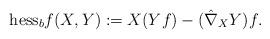
LaTeX: \begin{align*} \mathrm{hess}_bf(X,Y) := X(Yf) - (\hat{\nabla}_XY)f.\end{align*}